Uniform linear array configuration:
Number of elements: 16
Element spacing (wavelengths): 0.75
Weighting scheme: hamming
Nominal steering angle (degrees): -15
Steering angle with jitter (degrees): -15.878
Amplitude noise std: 0.05
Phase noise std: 0.05

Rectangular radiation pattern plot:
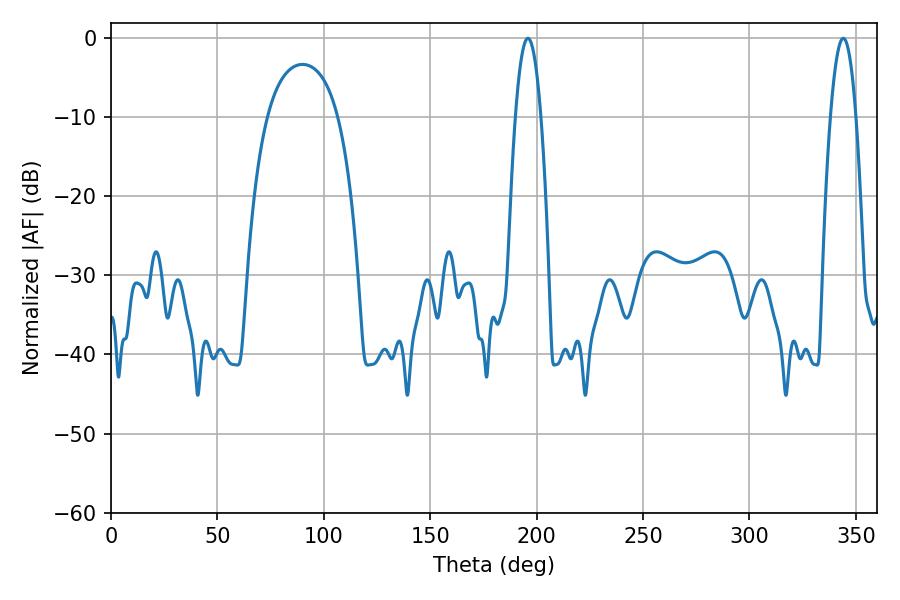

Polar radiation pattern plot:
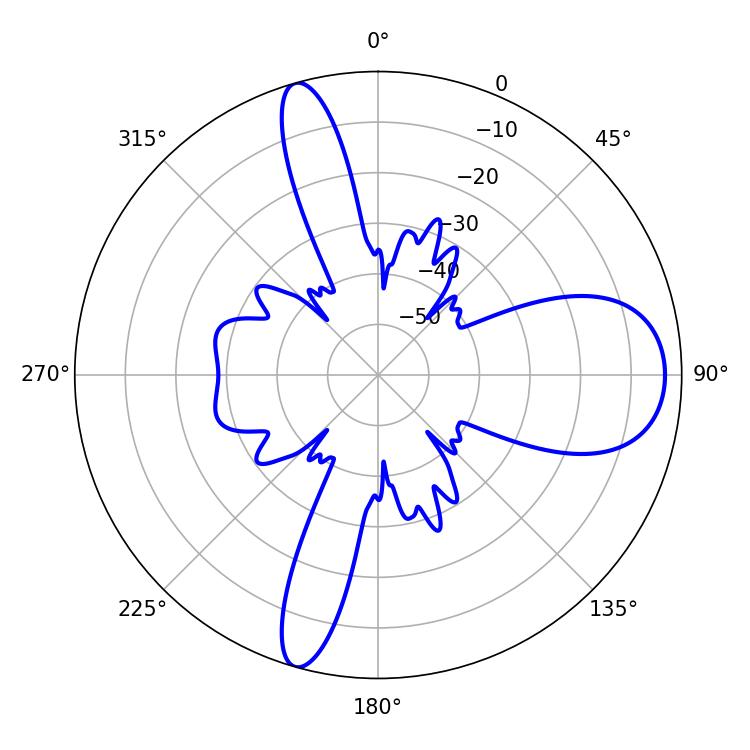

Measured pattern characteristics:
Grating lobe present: TRUE
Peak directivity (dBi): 12.032
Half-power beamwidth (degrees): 6.66
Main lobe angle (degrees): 195.84